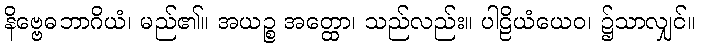
နိဗ္ဗေဓဘာဂိယံ၊ မည်၏။ အယဉ္စ အတ္ထော၊ သည်လည်း။ ပါဠိယံယေဝ၊ ၌သာလျှင်။